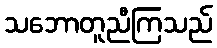
သဘောတူညီကြသည်